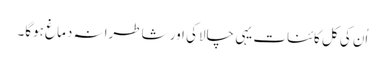
اُن کی کل کائنات یہی چالاکی اور شاطرانہ دماغ ہوگا۔